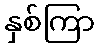
နှစ်ကြာ